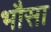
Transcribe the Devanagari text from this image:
भौसा